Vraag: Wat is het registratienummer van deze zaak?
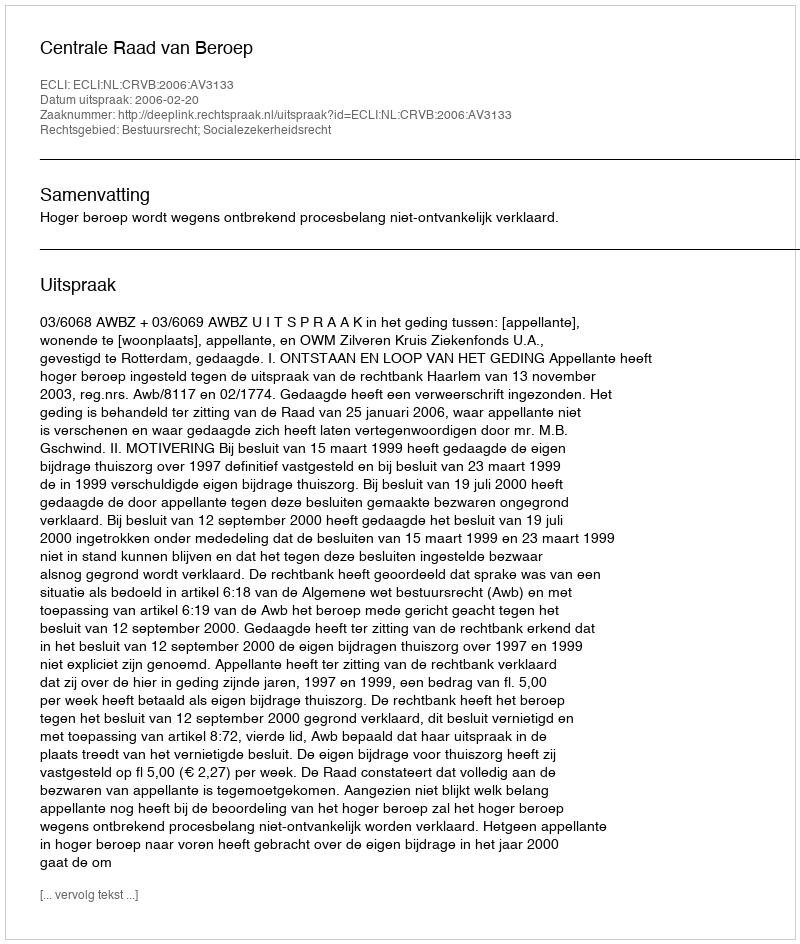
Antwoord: http://deeplink.rechtspraak.nl/uitspraak?id=ECLI:NL:CRVB:2006:AV3133